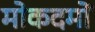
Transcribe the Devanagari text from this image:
मोकदमों